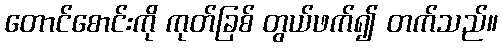
တောင်စောင်းကို ကုတ်ခြစ် တွယ်ဖက်၍ တက်သည်။